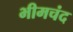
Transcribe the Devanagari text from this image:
भीमचंद